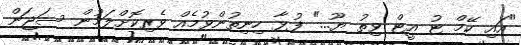
"އައި ކޭމް ޓު އީޓް ވިތު ޔޫ..." ފުޅާ ހިނިތުންވުމެއް ވެރިކޮށްލަމުން ސަޖަން